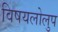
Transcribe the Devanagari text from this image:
विषयलोलुप